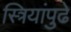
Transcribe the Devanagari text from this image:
स्त्रियांपुढे